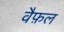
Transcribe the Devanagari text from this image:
वैफ़ल